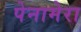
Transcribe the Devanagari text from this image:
पेनामेरा